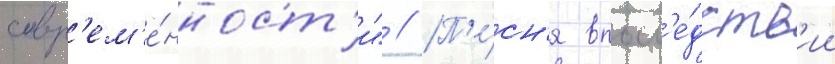
совр'ем'е́нност'и" // П'е́сн'я впосл'е́дств'ии